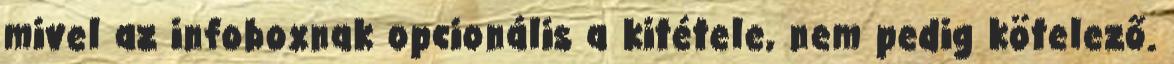
mivel az infoboxnak opcionális a kitétele, nem pedig kötelező.